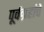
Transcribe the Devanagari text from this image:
पूर्वग्रहांचे